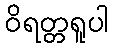
ဝိရတ္တရူပါ